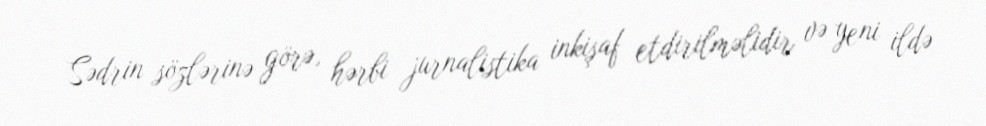
Sədrin sözlərinə görə, hərbi jurnalistika inkişaf etdirilməlidir və yeni ildə